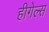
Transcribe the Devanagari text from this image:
हीगेल्स